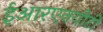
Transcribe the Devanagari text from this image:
ईआरएनयीटी